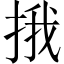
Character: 㧴